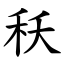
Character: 秗